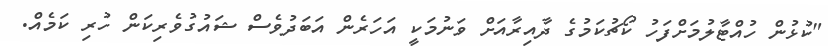
"ކުޅުން ހުއްޓާލުމަށްފަހު ކޯޗުކަމުގެ ދާއިރާއަށް ވަނުމަކީ އަހަރެން އަބަދުވެސް ޝައުގުވެރިކަން ހުރި ކަމެއް.